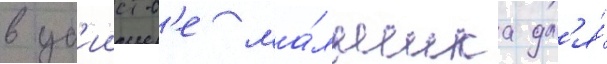
в уб'ииств'е ма́льчика дл'я́